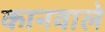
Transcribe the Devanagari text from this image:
कानवाले